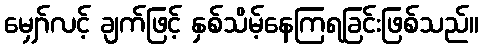
မျှော်လင့် ချက်ဖြင့် နှစ်သိမ့်နေကြရခြင်းဖြစ်သည်။